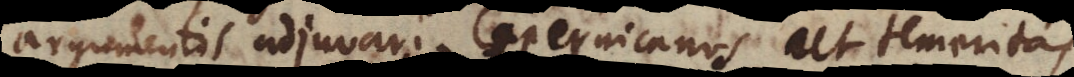
argumentis adjuvari Copernicanos, ut temeritas